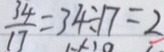
\frac { 3 4 } { 1 7 } = 3 4 \div 1 7 = 2